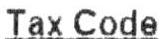
TAX CODE